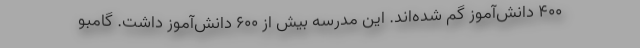
۴۰۰ دانش‌آموز گم شده‌اند. این مدرسه بیش از ۶۰۰ دانش‌آموز داشت. گامبو